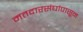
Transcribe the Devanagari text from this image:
मतदारसंघांपासून